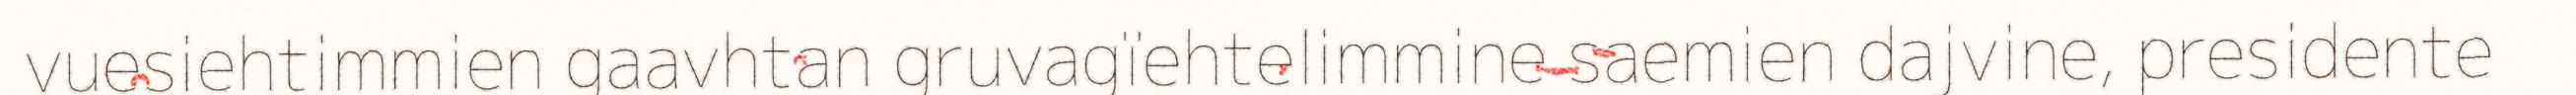
vuesiehtimmien gaavhtan gruvagïehtelimmine saemien dajvine, presidente